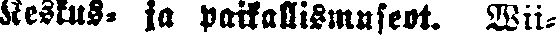
Keskus- ja paikallismuseot. Wii-